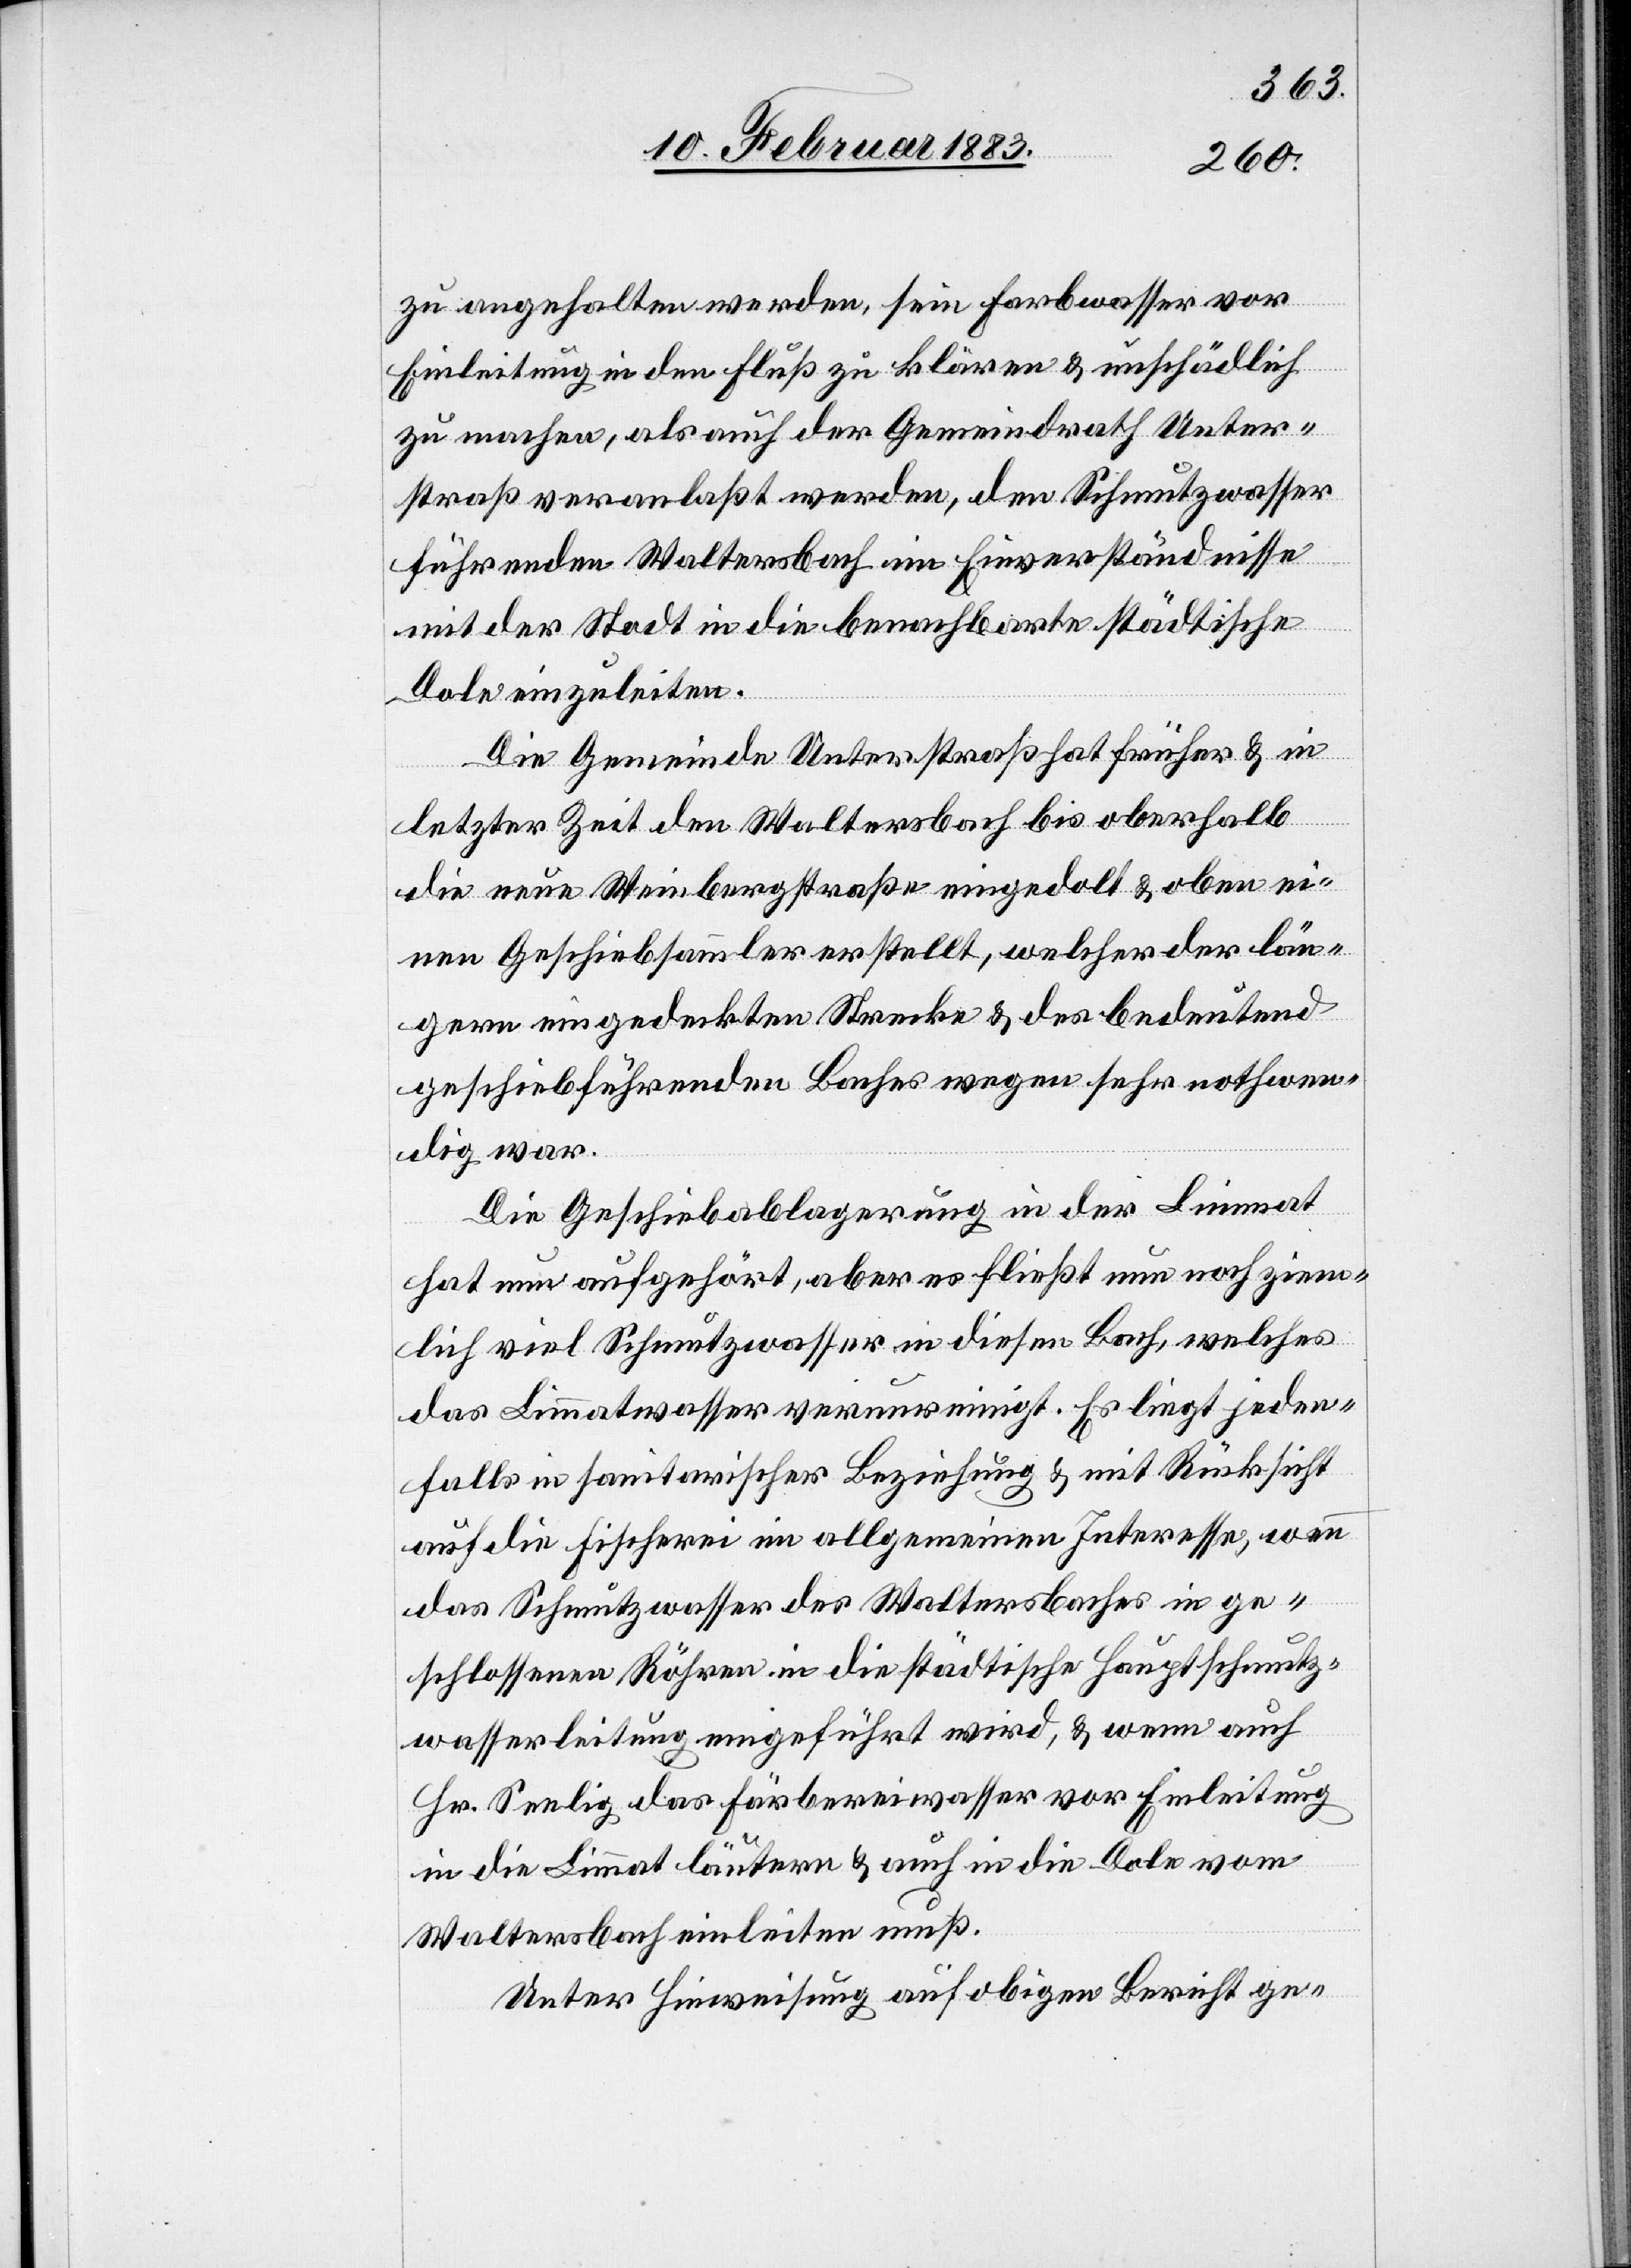
zu angehalten werden, sein Farbwasser vor
Einleitung in den Fluß zu klären & unschädlich
zu machen, als auch der Gemeindrath Unter¬
straß veranlaßt werden, den Schmutzwasser
führenden Waltersbach im Einverständnisse
mit der Stadt in die benachbarte städtische
Dole einzuleiten.
Die Gemeinde Unterstraß hat früher & in
letzter Zeit den Waltersbach bis oberhalb
die neue Weinbergstraße eingedolt & oben ei¬
nen Geschiebesammler erstellt, welcher der län¬
gern eingedeckten Strecke & des bedeutend
geschiebeführenden Baches wegen sehr nothwen¬
dig war.
Die Geschiebablagerung in der Limmat
hat nun aufgehört, aber es fließt nun noch ziem¬
lich viel Schmutzwasser in diesen Bach, welches
das Limmatwasser verunreinigt. Es liegt jeden¬
falls in sanitarischer Beziehung & mit Rücksicht
auf die Fischerei im allgemeinen Interesse, wenn
das Schmutzwasser des Waltersbaches in ge¬
schlossenen Röhren in die städtische Hauptschmutz¬
wasserleitung eingeführt wird, & wenn auch
Hr. Seelig das Färbereiwasser vor Einleitung
in die Limmat läutern & auch in die Dole vom
Waltersbach einleiten muß.
Unter Hinweisung auf obigen Bericht ge-